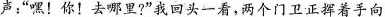
声：”嘿！你！去哪里?”我回头一看，两个门卫正挥着手向